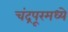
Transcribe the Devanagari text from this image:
चंद्रपूरमध्ये